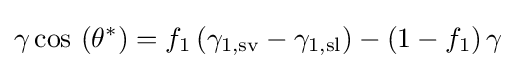
\gamma \cos \,\left(\theta ^{*}\right)=f_{1}\left(\gamma _{\text{1,sv}}-\gamma _{\text{1,sl}}\right)-\left(1-f_{1}\right)\gamma